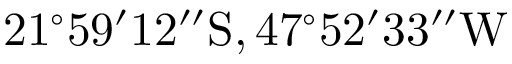
\mathrm { 2 1 ^ { \circ } 5 9 ^ { \prime } 1 2 ^ { \prime \prime } S , 4 7 ^ { \circ } 5 2 ^ { \prime } 3 3 ^ { \prime \prime } W }